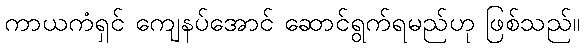
ကာယကံရှင် ကျေနပ်အောင် ဆောင်ရွက်ရမည်ဟု ဖြစ်သည်။